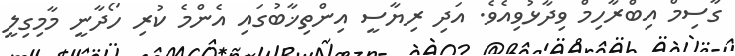
ގާސިމް އިބްރާހިމް ވިދާޅުވިއެވެ. އަދި ރިޔާސީ އިންތިޚާބުގައި އެންމެ ކުރި ހޯދާނީ މާމިގިލީ